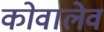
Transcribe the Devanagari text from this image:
कोवालेव